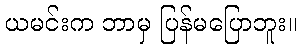
ယမင်းက ဘာမှ ပြန်မပြောဘူး။